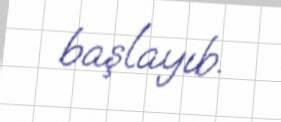
başlayıb.